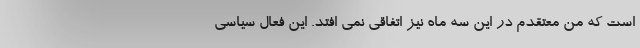
است که من معتقدم در این سه ماه نیز اتفاقی نمی افتد. این فعال سیاسی